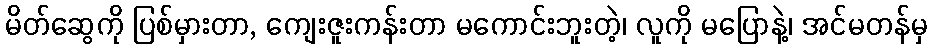
မိတ်ဆွေကို ပြစ်မှားတာ, ကျေးဇူးကန်းတာ မကောင်းဘူးတဲ့၊ လူကို မပြောနဲ့၊ အင်မတန်မှ